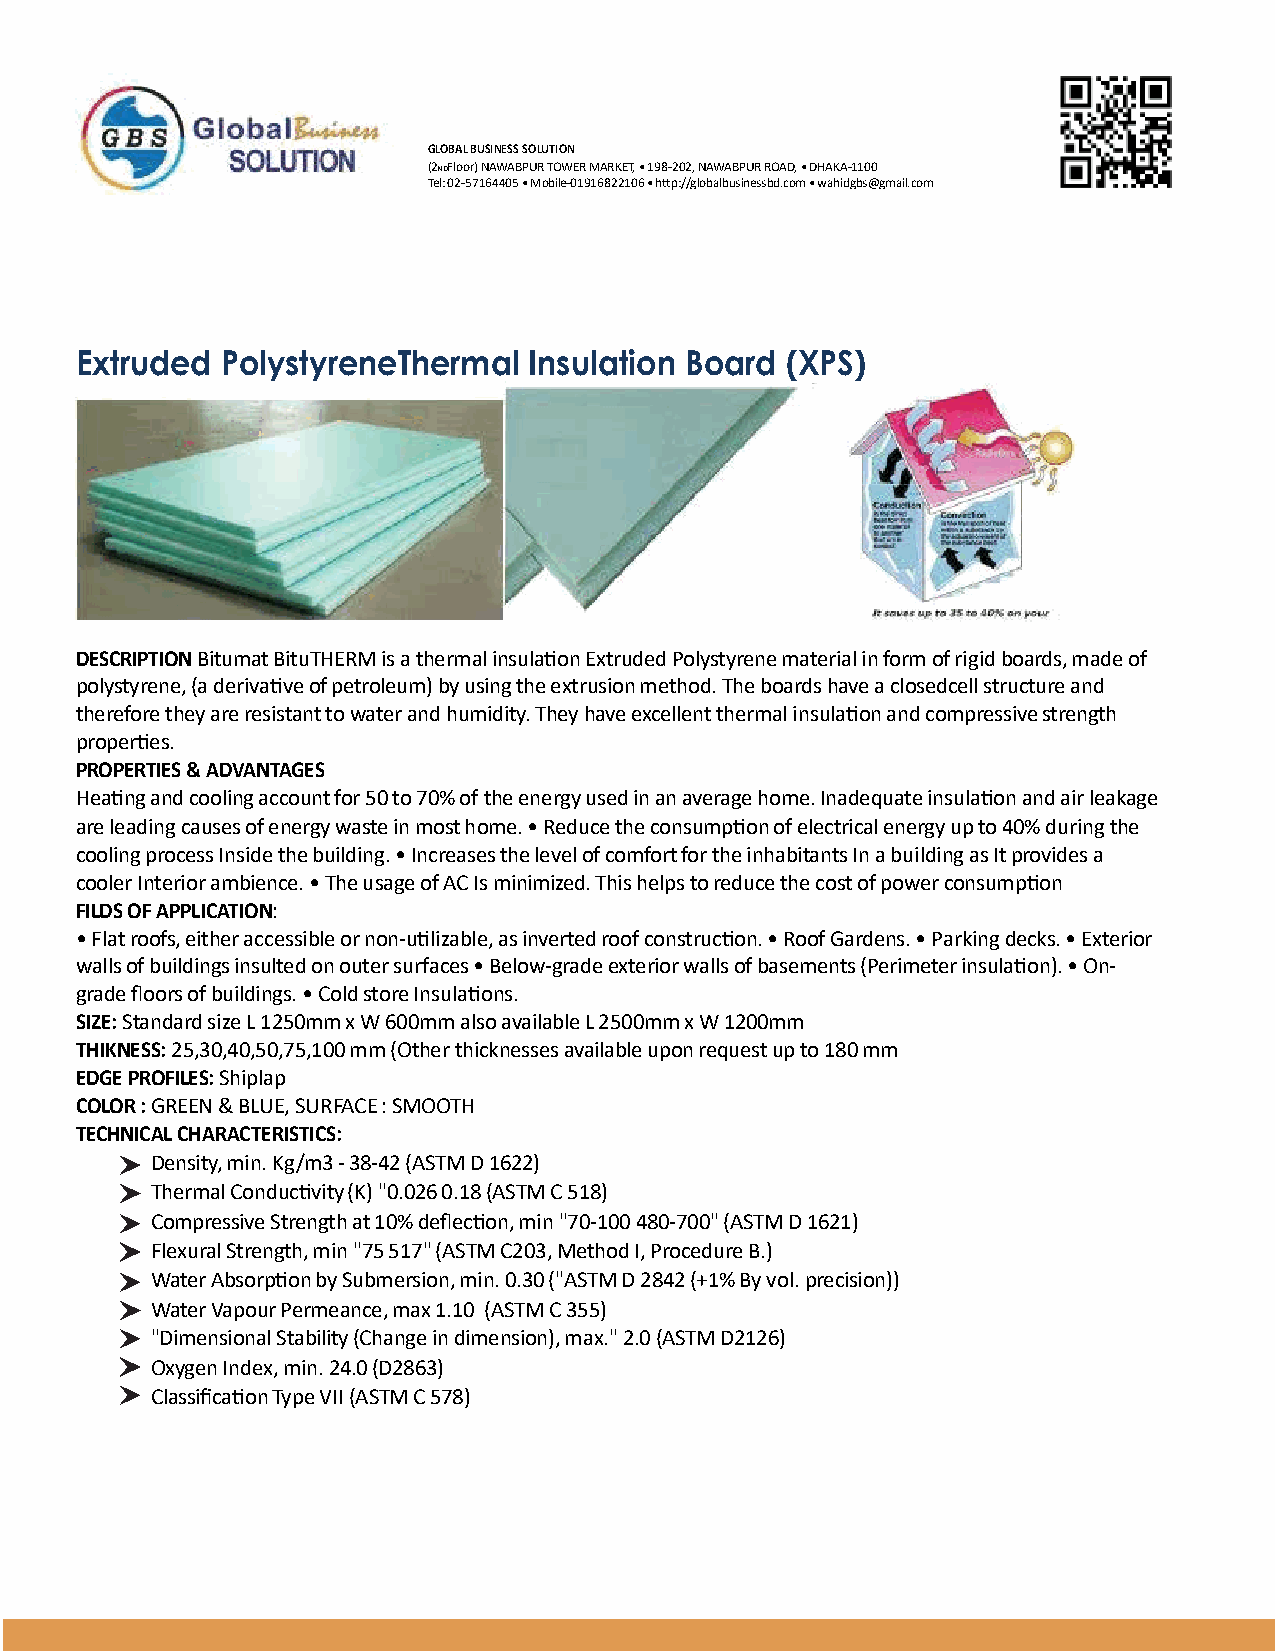
GLOBAL BUSINESS SOLUTION
 (2NDFloor) NAWABPUR TOWER MARKET, • 198-202, NAWABPUR ROAD, • DHAKA-1100
 Tel: 02-57164405 • Mobile-01916822106 • h�p://globalbusinessbd.com • wahidgbs@gmail.com
 Extruded  PolystyreneThermal  Insulation Board (XPS)
 DESCRIPTION Bitumat BituTHERM is a thermal insula�on Extruded Polystyrene material in form of rigid boards, made of
 polystyrene, (a deriva�ve of petroleum) by using the extrusion method. The boards have a closedcell structure and
 therefore they are resistant to water and humidity. They have excellent thermal insula�on and compressive strength
 proper�es.
 PROPERTIES & ADVANTAGES
 Hea�ng and cooling account for 50 to 70% of the energy used in an average home. Inadequate insula�on and air leakage
 are leading causes of energy waste in most home. • Reduce the consump�on of electrical energy up to 40% during the
 cooling process Inside the building. • Increases the level of comfort for the inhabitants In a building as It provides a
 cooler Interior ambience. • The usage of AC Is minimized. This helps to reduce the cost of power consump�on
 FILDS OF APPLICATION:
 • Flat roofs, either accessible or non-u�lizable, as inverted roof construc�on. • Roof Gardens. • Parking decks. • Exterior
 walls of buildings insulted on outer surfaces • Below-grade exterior walls of basements (Perimeter insula�on). • On-
 grade floors of buildings. • Cold store Insula�ons.
 SIZE: Standard size L 1250mm x W 600mm also available L 2500mm x W 1200mm
 THIKNESS: 25,30,40,50,75,100 mm (Other thicknesses available upon request up to 180 mm
 EDGE PROFILES: Shiplap
 COLOR : GREEN & BLUE, SURFACE : SMOOTH
 TECHNICAL CHARACTERISTICS:
 Density, min. Kg/m3 - 38-42 (ASTM D 1622)
 Thermal Conduc�vity (K) "0.026 0.18 (ASTM C 518)
 Compressive Strength at 10% deflec�on, min "70-100 480-700" (ASTM D 1621)
 Flexural Strength, min "75 517" (ASTM C203, Method I, Procedure B.)
 Water Absorp�on by Submersion, min. 0.30 ("ASTM D 2842 (+1% By vol. precision))
 Water Vapour Permeance, max 1.10 (ASTM C 355)
 "Dimensional Stability (Change in dimension), max." 2.0 (ASTM D2126)
 Oxygen Index, min. 24.0 (D2863)
 Classifica�on Type VII (ASTM C 578)